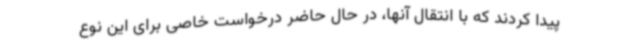
پیدا کردند که با انتقال آنها، در حال حاضر درخواست خاصی برای این نوع